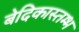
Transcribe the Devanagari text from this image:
बेदिकास्तम्भ